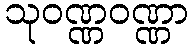
သုဝဏ္ဏဝဏ္ဏာ